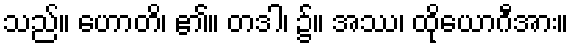
သည်။ ဟောတိ၊ ၏။ တဒါ၊ ၌။ အဿ၊ ထိုယောဂီအား။